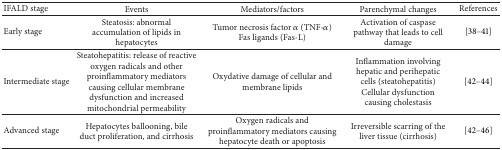
<table><thead><tr><td><b>IFALD stage</b></td><td><b>Events</b></td><td><b>Mediators/factors</b></td><td><b>Parenchymal changes</b></td><td><b>References</b></td></tr></thead><tbody><tr><td>Early stage </td><td>Steatosis: abnormal accumulation of lipids in hepatocytes</td><td>Tumor necrosis factor <i>α</i> (TNF-<i>α</i>) Fas ligands (Fas-L)</td><td>Activation of caspase pathway that leads to cell damage</td><td>[38–41]</td></tr><tr><td>Intermediate stage</td><td>Steatohepatitis: release of reactive oxygen radicals and other proinflammatory mediators causing cellular membrane dysfunction and increased mitochondrial permeability</td><td>Oxydative damage of cellular and membrane lipids</td><td>Inflammation involving hepatic and perihepatic cells (steatohepatitis) Cellular dysfunction causing cholestasis</td><td>[42–44]</td></tr><tr><td>Advanced stage</td><td>Hepatocytes ballooning, bile duct proliferation, and cirrhosis</td><td>Oxygen radicals and proinflammatory mediators causing hepatocyte death or apoptosis</td><td>Irreversible scarring of the liver tissue (cirrhosis)</td><td>[42–46]</td></tr></tbody></table>